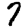
Digit: 7